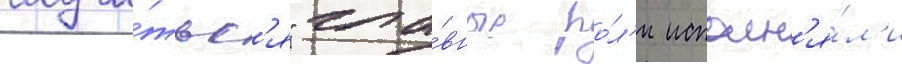
случи́тьс'я" гла́вные ро́л'и исполн'я́л'и